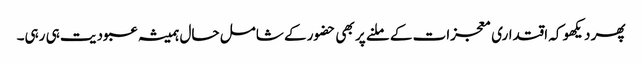
پھر دیکھو کہ اقتداری معجزات کے ملنے پر بھی حضور کے شامل حال ہمیشہ عبودیت ہی رہی۔